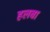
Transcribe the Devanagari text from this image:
हलबा